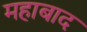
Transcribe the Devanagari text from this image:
महाबाद